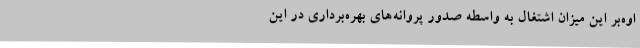
اوه‌بر این میزان اشتغال به واسطه صدور پروانه‌های بهره‌برداری در این